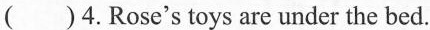
()4.Rose's toys are under the bed.